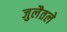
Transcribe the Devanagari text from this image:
जुलैतले